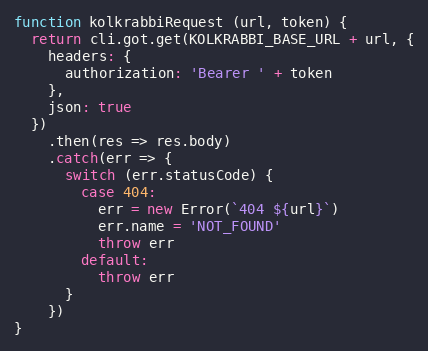
Language: JavaScript
function kolkrabbiRequest (url, token) {
  return cli.got.get(KOLKRABBI_BASE_URL + url, {
    headers: {
      authorization: 'Bearer ' + token
    },
    json: true
  })
    .then(res => res.body)
    .catch(err => {
      switch (err.statusCode) {
        case 404:
          err = new Error(`404 ${url}`)
          err.name = 'NOT_FOUND'
          throw err
        default:
          throw err
      }
    })
}